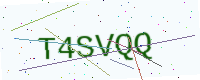
Text: T4SVQQ